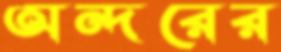
অন্দরের